Rangoon Lunatic Asylum 1898-1906 - 1898-1906
Year: 1898
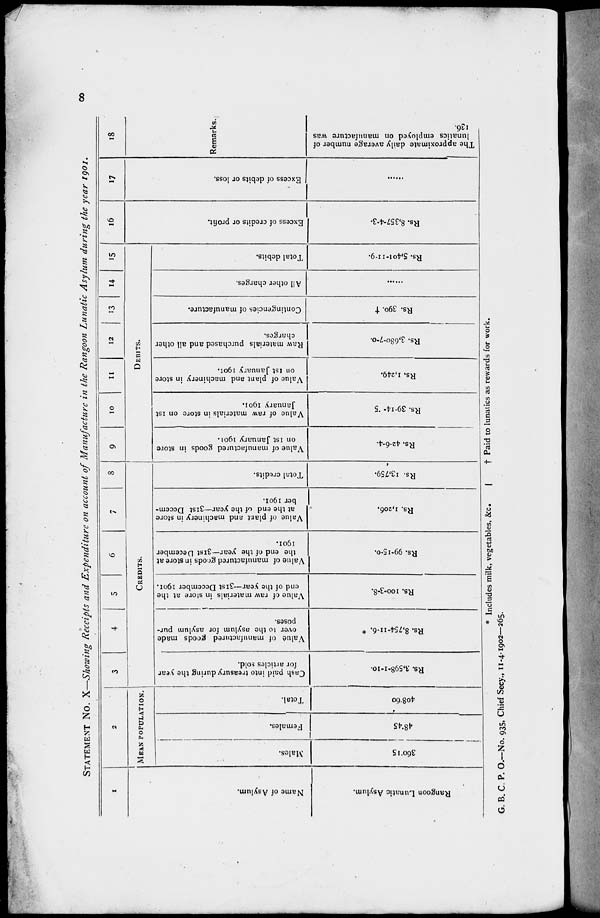
8
STATEMENT No. X—Showing Receipts and Expenditure on account of Manufacture in the Rangoon Lunatic Asylum during the year 1901.
1
Name of Asylum.
Rangoon Lunatic Asylum.
2
MEAN POPULATION.
Males.
360.15
Females.
48.45
Total.
408.60
3
4
5
6
7
8
CREDITS.
Cash paid into treasury during the year
for articles sold.
Rs. 3,598-1-10.
Value of manufactured goods made
over to the asylum for asylum pur-
poses.
Rs. 8,754-11-6. *
Value of raw materials in store at the
end of the year—31st December 1901.
Rs. 100-3-8.
Value of manufactured goods in store at
the end of the year—31st December
1901.
Rs. 99-15-0.
Value of plant and machinery in store
at the end of the year—31st Decem-
ber 1901.
Rs. 1,206.
Total credits.
Rs. 13,759.
9
10
11
12
13
14
15
DEBITS.
Value of manufactured goods in store
on 1st January 1901.
Rs. 42-6-4.
Value of raw materials in store on 1st
January 1901.
Rs. 39-14-5
Value of plant and machinery in store
on 1st January 1901.
Rs. 1,249.
Raw materials purchased and all other
charges.
Rs. 3,680-7-0.
Contingencies of manufacture.
Rs. 390. †
All other charges.
......
Total debits.
Rs. 5,401-11-9.
16
Excess of credits or profit.
Rs. 8,357-4-3.
17
Excess of debits or loss.
......
18
Remarks.
The approximate daily average number of
lunatics employed on manufacture was
136.
* Includes milk, vegetables, &c.
|
†Paid to lunatics as rewards for work.
G. B. C. P. O.—No. 935, Chief Secy., 11-4-1902—265.